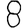
Digit: 8